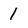
Character: 1